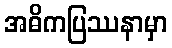
အဓိကပြဿနာမှာ